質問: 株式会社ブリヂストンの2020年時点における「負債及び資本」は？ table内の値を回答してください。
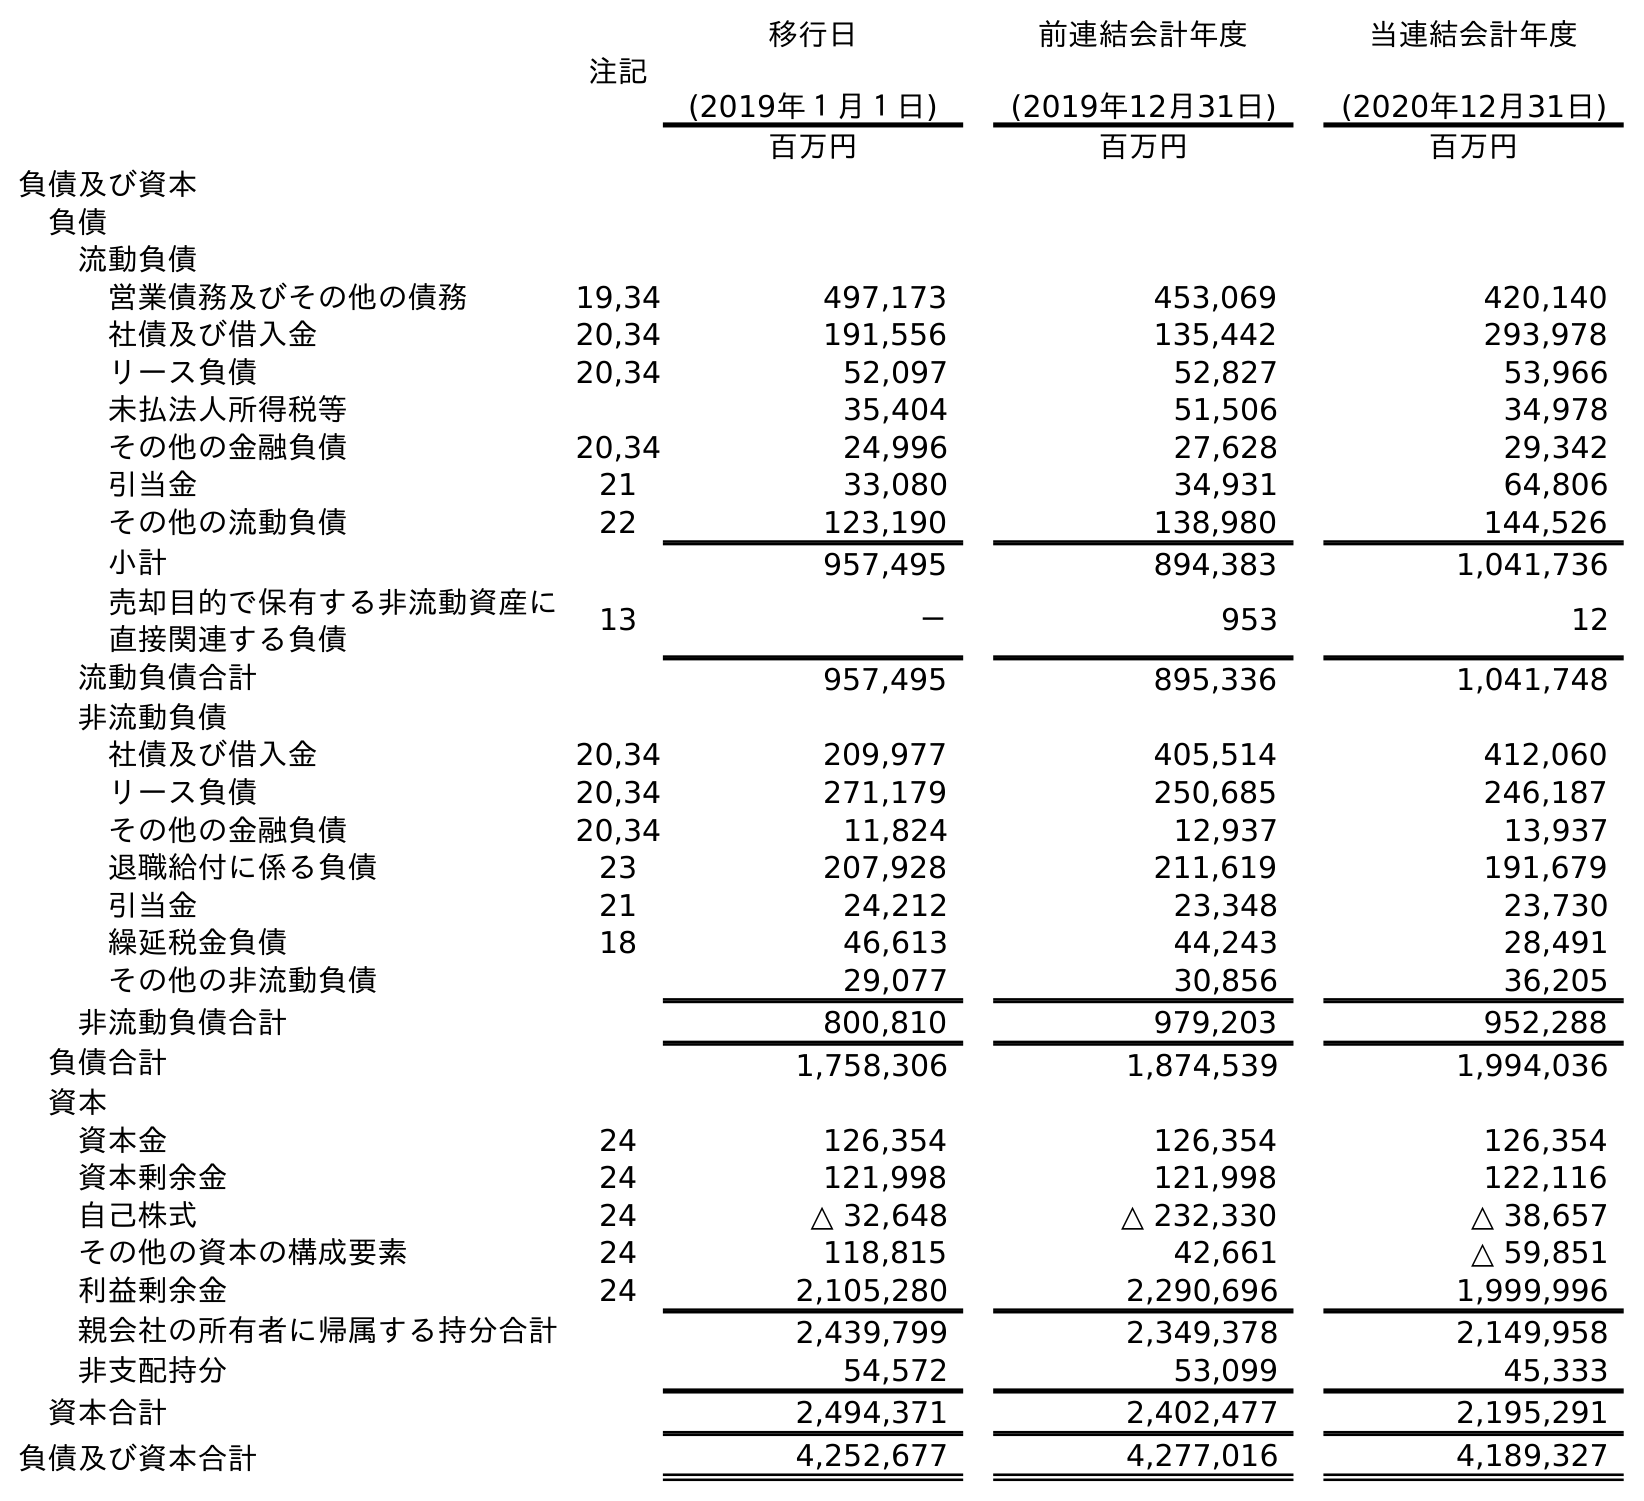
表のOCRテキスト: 注記 移行日 (2019年１月１日) 前連結会計年度 (2019年12月31日) 当連結会計年度 (2020年12月31日) 百万円 百万円 百万円 負債及び資本 負債 流動負債 営業債務及びその他の債務 19,34 497,173 453,069 420,140 社債及び借入金 20,34 191,556 135,442 293,978 リース負債 20,34 52,097 52,827 53,966 未払法人所得税等 35,404 51,506 34,978 その他の金融負債 20,34 24,996 27,628 29,342 引当金 21 33,080 34,931 64,806 その他の流動負債 22 123,190 138,980 144,526 小計 957,495 894,383 1,041,736 売却目的で保有する非流動資産に 直接関連する負債 13 － 953 12 流動負債合計 957,495 895,336 1,041,748 非流動負債 社債及び借入金 20,34 209,977 405,514 412,060 リース負債 20,34 271,179 250,685 246,187 その他の金融負債 20,34 11,824 12,937 13,937 退職給付に係る負債 23 207,928 211,619 191,679 引当金 21 24,212 23,348 23,730 繰延税金負債 18 46,613 44,243 28,491 その他の非流動負債 29,077 30,856 36,205 非流動負債合計 800,810 979,203 952,288 負債合計 1,758,306 1,874,539 1,994,036 資本 資本金 24 126,354 126,354 126,354 資本剰余金 24 121,998 121,998 122,116 自己株式 24 △ 32,648 △ 232,330 △ 38,657 その他の資本の構成要素 24 118,815 42,661 △ 59,851 利益剰余金 24 2,105,280 2,290,696 1,999,996 親会社の所有者に帰属する持分合計 2,439,799 2,349,378 2,149,958 非支配持分 54,572 53,099 45,333 資本合計 2,494,371 2,402,477 2,195,291 負債及び資本合計 4,252,677 4,277,016 4,189,327
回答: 4,189,327